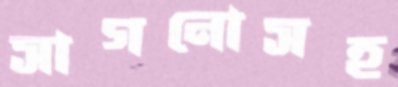
সাগনোসহ